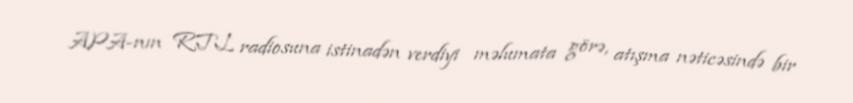
APA-nın RTL radiosuna istinadən verdiyi məlumata görə, atışma nəticəsində bir